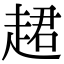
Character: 䞫